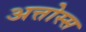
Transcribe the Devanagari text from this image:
अत्तोस्स